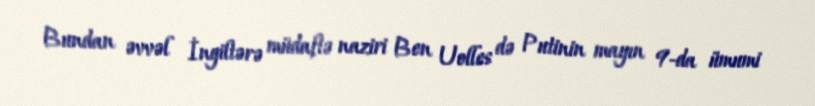
Bundan əvvəl İngiltərə müdafiə naziri Ben Uolles də Putinin mayın 9-da ümumi